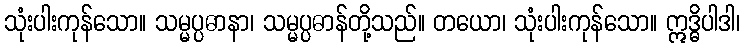
သုံးပါးကုန်သော။ သမ္မပ္ပဓာနာ၊ သမ္မပ္ပဓာန်တို့သည်။ တယော၊ သုံးပါးကုန်သော။ ဣဒ္ဓိပါဒါ၊